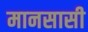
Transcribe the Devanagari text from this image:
मानसासी